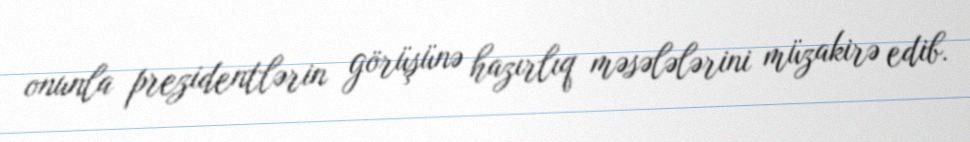
onunla prezidentlərin görüşünə hazırlıq məsələlərini müzakirə edib.